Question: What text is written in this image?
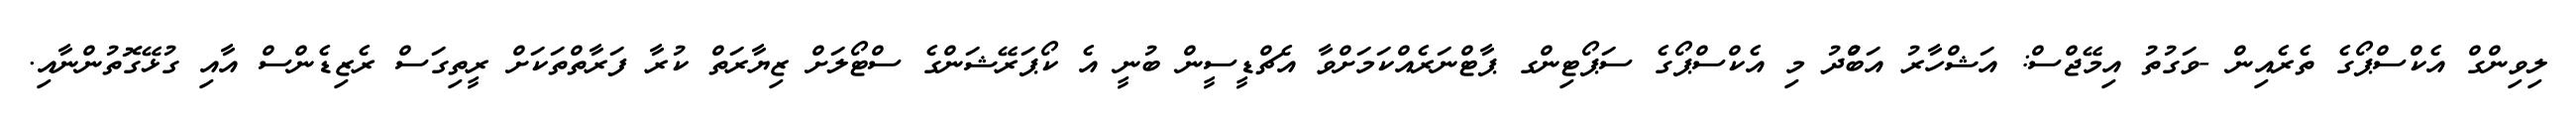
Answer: ލިވިންގް އެކްސްޕޯގެ ތެރެއިން -ވަގުތު އިމޭޖްސް: އަޝްހާރު އަބްުދު މި އެކްސްޕޯގެ ސަޕޯޓިންގ ޕާޓްނަރެއްކަމަށްވާ އެޗްޑީސީން ބުނީ އެ ކޯޕަރޭޝަންގެ ސްޓޯލަށް ޒިޔާރަތް ކުރާ ފަރާތްތަކަށް ރީތިގަސް ރެޒިޑެންސް އާއި ގުޅޭގޮތުންނާއި.